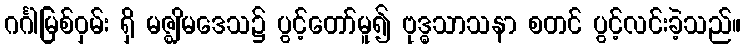
ဂင်္ဂါမြစ်ဝှမ်း ရှိ မဇ္ဈိမဒေသ၌ ပွင့်တော်မူ၍ ဗုဒ္ဓသာသနာ စတင် ပွင့်လင်းခဲ့သည်။